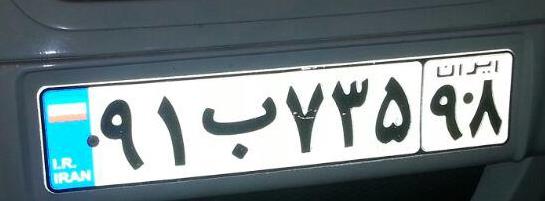
۹۱ب۷۳۵۹۸